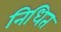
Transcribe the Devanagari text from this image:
निधित